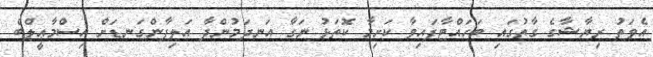
އެވަތު ރިޔާޝާގެ ގާތުގައި ބަހައްޓާފައިވާ ކަށިމާ ކޮތަޅު ނަގާ އަނދަމުންދާ އަލިފާންގަނޑަށް އިސްމާޢީލްބެ